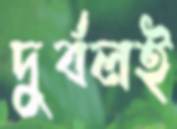
দুর্বলই